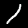
Label: 1